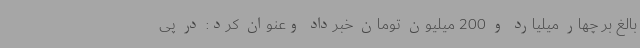
بالغ بر چهار میلیارد و 200 میلیون تومان خبرداد وعنوان کرد: در پی